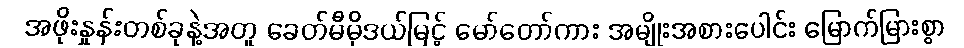
အဖိုးနှုန်းတစ်ခုနဲ့အတူ ခေတ်မီမိုဒယ်မြင့် မော်တော်ကား အမျိုးအစားပေါင်း မြောက်မြားစွာ